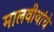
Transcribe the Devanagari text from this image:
मालवीयांचे